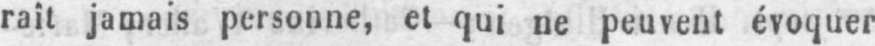
raît jamais personne, et qui ne peuvent évoquer